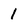
Character: 1